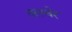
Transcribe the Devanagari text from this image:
तलचेर